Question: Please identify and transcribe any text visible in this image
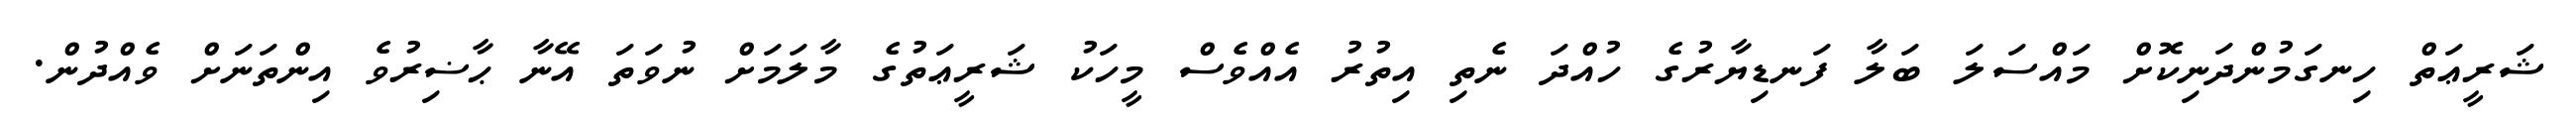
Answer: ޝަރީޢަތް ހިނގަމުންދަނިކޮށް މައްސަލަ ބަލާ ފަނޑިޔާރުގެ ހުއްދަ ނެތި އިތުރު އެއްވެސް މީހަކު ޝަރީޢަތުގެ މާލަމަށް ނުވަތަ އޭނާ ޙާޟިރުވެ އިންތަނަށް ވެއްދުން.